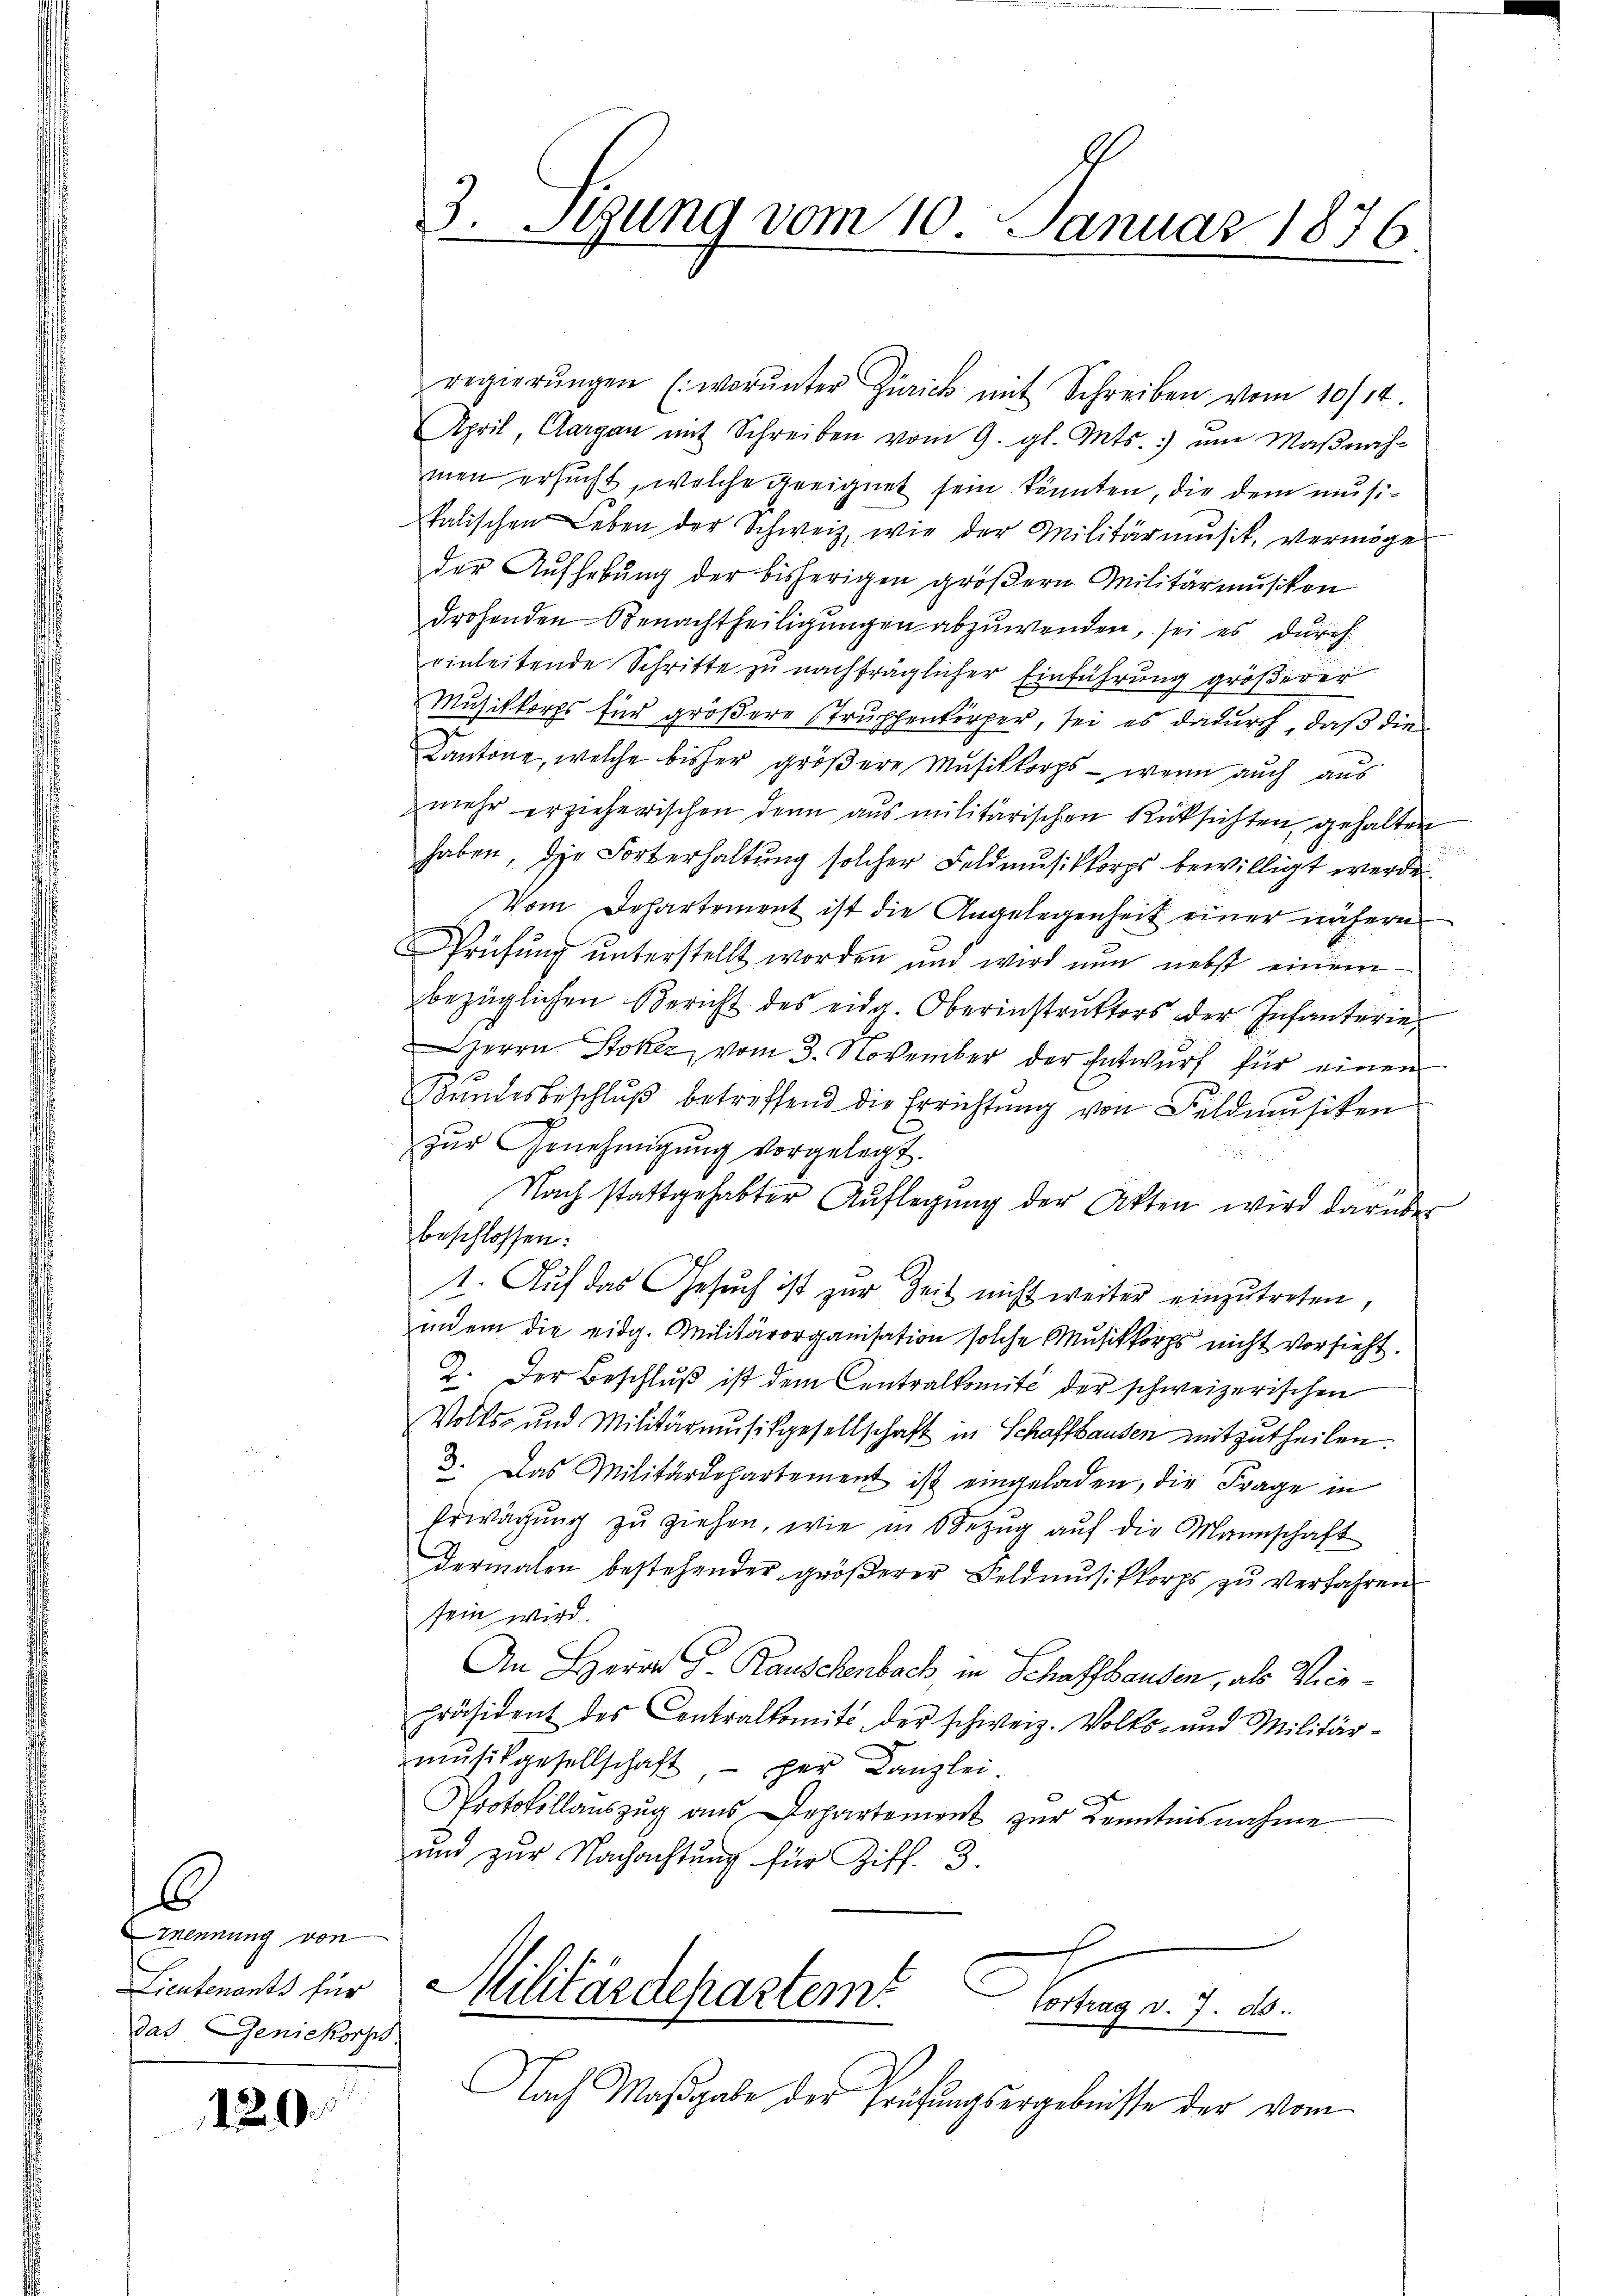
6
Mennung von
Lieutenants für
das Geniekorps.

120

regierŭngen (worŭnter Zürich mit Schreiben vom 10/14.
April, Aargau mit Schreiben vom 9. gl. Mts. um Maβnah-
men ersucht, welche geeignet sein könnten, die dem musitalischen Leben der Schweiz, wie der Militärmusik, vermöge
der Aufhebung der bisherigen größern Militärmusiken
drohenden Benachtheiligungen abzuwenden, sei es durch
einleitende Schritte zu nachträglicher Einführung größerer
Musikkorps für größere Struphenkörper, sei es dadurch, daß die
Kantone, welche bisher größere Musikkorps - wenn auch aus
zmehr erzieherischen denn aus militärischen Rüksichten gehalten

haben, die Forterhaltung solcher Feldmusikkorps bewilligt werde
Vom Departement ist die Angelegenheit einer nähern
Prüfŭng ŭnterstellt worden und wird nun nebst einem
bezüglichen Bericht des eidg. Oberinstruktors der Infanterie,
Herrn Stoker, vom 3. November der Entwurf für einen
Bŭndesbeschlŭβ betreffend die Errichtŭng von Feldmusiken
zŭr Genehmigŭng vorgelegt.
.
Nach stattgehabter Auflegŭng der Akten wird darüber
beschlossen.
1. Auf das Gesuch ist zur Zeit nicht weiter einzutreten,
indem die eidg. Militärorganisation solche Musikkorps nicht vorsieht.
2. Der Beschluß ist dem Centralkomité der schweizerischen
Volks- und Militärmusikgesellschaft in Schaffhausen mitzutheilen.
3. Das Militärdepartement ist eingeladen, die Frage in
Erwägŭng zŭ ziehen, wie in Bezŭg aŭf die Mannschaft
dermalen bestehender größerer Feldmusikkorps zu verfahren
sein wird.
An Herrn J. Rauschenbach in Schaffhausen, als Vicepräsident des Centralkomit der schweiz. Volks- und Militärmŭsikgesellschaft per Kanzlei
Protokollauszug aus Departement zur Kenntnisnahme
und zur Nachachtung für Ziff. 3.

3. Stung vom 10. Januar 1876.

Militärdepartem
erages de

Nach Maβgabe der Prüfungsergebnisse der vom